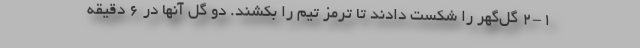
2-1 گل‌گهر را شکست دادند تا ترمز تیم را بکشند. دو گل آنها در 6 دقیقه